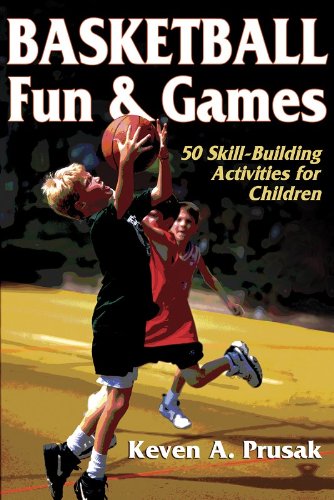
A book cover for Basketball Fun & Games:50 Skill-Building Activities for Children; Kevin Prusak; Sports & Outdoors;